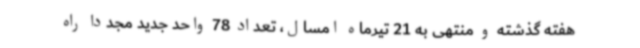
هفته گذشته و منتهی به 21 تیرماه امسال، تعداد 78 واحد جدید مجدداً راه